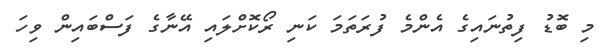
މި ބޮޑު ފިތުނައިގެ އެންމެ ފުރަތަމަ ކަނި ރޯކޮށްލައި އޭނާގެ ފަސްބައިން ވިހަ